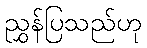
ညွှန်ပြသည်ဟု